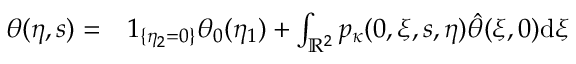
\begin{array} { r l } { \theta ( \eta , s ) = } & { { } 1 _ { \{ \eta _ { 2 } = 0 \} } \theta _ { 0 } ( \eta _ { 1 } ) + \int _ { \mathbb { R } ^ { 2 } } p _ { \kappa } ( 0 , \xi , s , \eta ) \hat { \theta } ( \xi , 0 ) \mathrm { d } \xi } \end{array}